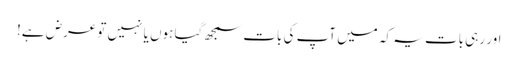
اور رہی بات یہ کہ میں آپ کی بات سمجھ گیا ہوں یا نہیں تو عرض ہے!